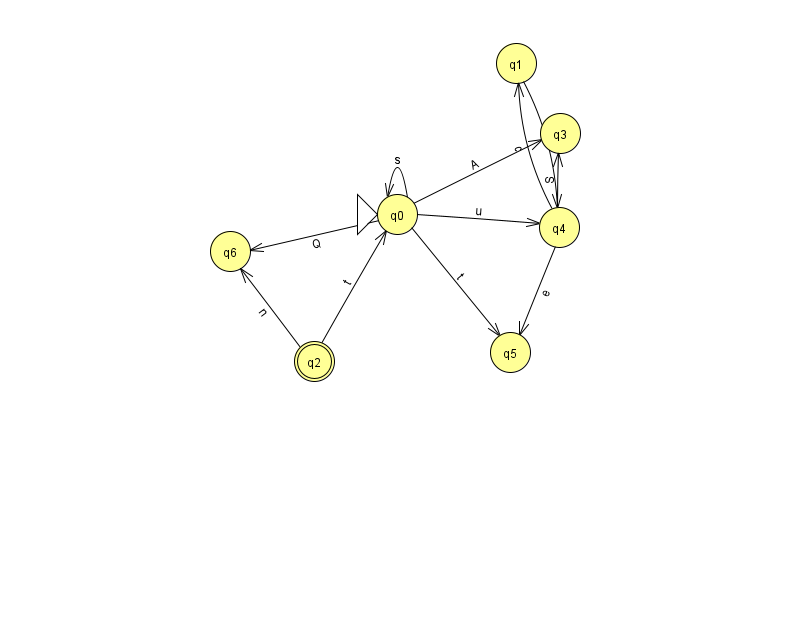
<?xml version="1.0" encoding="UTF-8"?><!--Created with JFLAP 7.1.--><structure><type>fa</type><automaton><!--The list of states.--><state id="0" name="q0"><x>397.0</x><y>201.0</y><initial/></state><state id="1" name="q1"><x>516.0</x><y>50.0</y></state><state id="2" name="q2"><x>314.0</x><y>348.0</y><final/></state><state id="3" name="q3"><x>560.0</x><y>120.0</y></state><state id="4" name="q4"><x>559.0</x><y>214.0</y></state><state id="5" name="q5"><x>510.0</x><y>339.0</y></state><state id="6" name="q6"><x>230.0</x><y>238.0</y></state><!--The list of transitions.--><transition><from>0</from><to>3</to><read>A</read></transition><transition><from>4</from><to>3</to><read>S</read></transition><transition><from>4</from><to>5</to><read>e</read></transition><transition><from>0</from><to>0</to><read>s</read></transition><transition><from>0</from><to>5</to><read>t</read></transition><transition><from>1</from><to>4</to><read>a</read></transition><transition><from>0</from><to>6</to><read>Q</read></transition><transition><from>4</from><to>1</to><read>c</read></transition><transition><from>0</from><to>4</to><read>u</read></transition><transition><from>2</from><to>6</to><read>n</read></transition><transition><from>2</from><to>0</to><read>t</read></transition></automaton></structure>